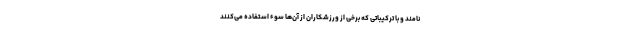
‌نامند و با ترکیباتی که برخی از ورزشکاران از آن‌ها سوء استفاده می‌کنند